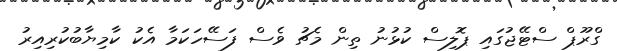
ގްރޫޕް ސްޓޭޖުގައި ޕޮލިސް ކުޅުނު ތިން މެޗު ވެސް ފަސޭހަކަމާ އެކު ކާމިޔާބުކުރިިއިރު